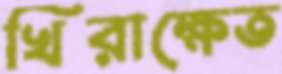
খিরাক্ষেত